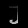
Digit: ၂